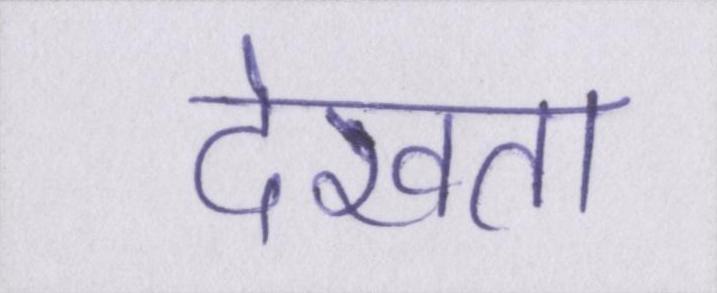
देखता